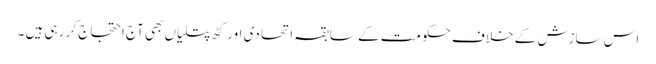
اس سازش کے خلاف حکومت کے سابقہ اتحادی اور کٹھ پتلیاں بھی آج احتجاج کر رہی ہیں ۔